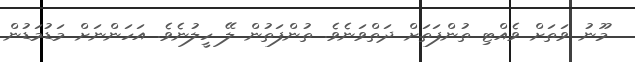
މޫނު ވަތަށް ވެއްޓި ތުންފަތަށް ދަތްވަނެވެ. ތުންފަތުން ލޭ ހީލުނެވެ. އަހަންނަށް މަޑުމަޑުން